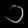
Digit: ၁